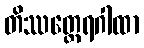
တိဿတ္ထေရဂါထာ